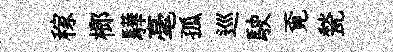
稼榔驊毫孤巡駛覔甃